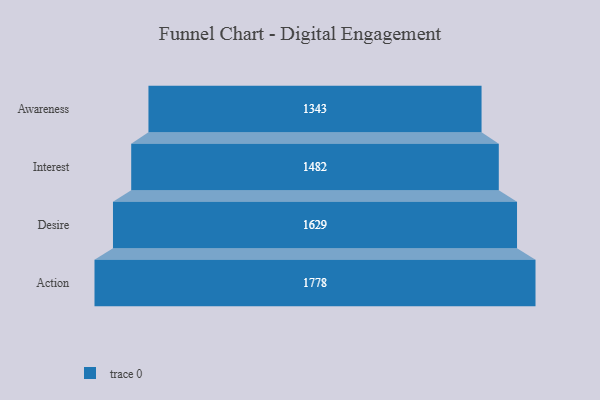
{"axis": {"x": "Stage", "y": "Value"}, "legend": [""], "data": [{"x": "Awareness", "y": 1343.0, "type": ""}, {"x": "Interest", "y": 1482.0, "type": ""}, {"x": "Desire", "y": 1629.0, "type": ""}, {"x": "Action", "y": 1778.0, "type": ""}]}